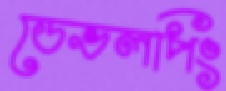
ডেভলপিং